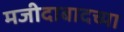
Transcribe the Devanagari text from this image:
मजीदाबादच्या